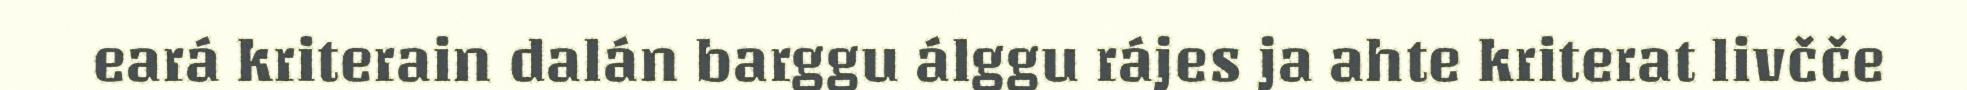
eará kriterain dalán barggu álggu rájes ja ahte kriterat livčče